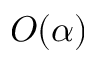
O ( \alpha )